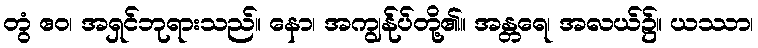
တွံ ဧဝ၊ အရှင်ဘုရားသည်။ နော၊ အကျွန်ုပ်တို့၏။ အန္တရေ၊ အလယ်၌။ ယဿာ၊